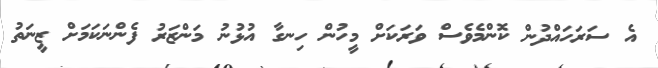
އެ ސަރަހައްދުން ކޮންމެވެސް ވަރަކަށް މީހުން ހިނގާ އުޅުނު މަންޒަރު ފެންނަކަމަށް ޒީނަތު